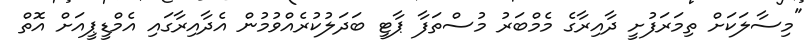
"މިސާލަކަށް ތިމަރަފުށީ ދާއިރާގެ މެމްބަރު މުސްތަފާ ޕާޓީ ބަދަލުކުރެއްވުމުން އެދާއިރާގައި އެމްޑީޕީއަށް އޮތް